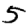
Digit: 5